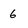
Character: 6